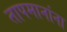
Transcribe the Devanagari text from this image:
तापमानांना